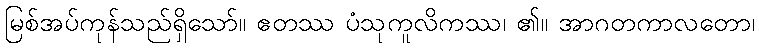
မြစ်အပ်ကုန်သည်ရှိသော်။ ဧတဿ ပံသုကူလိကဿ၊ ၏။ အာဂတကာလတော၊